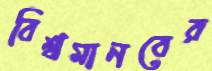
বিশ্বমানবের